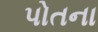
પોતના